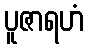
ပူဇာရဟံ